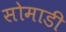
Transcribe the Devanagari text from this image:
सोमाडी